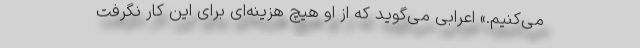
می‌کنیم.» اعرابی می‌گوید که از او هیچ هزینه‌ای برای این کار نگرفت